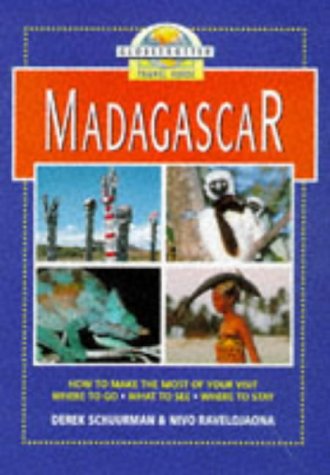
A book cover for Madagascar Travel Guide; Globetrotter; Travel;